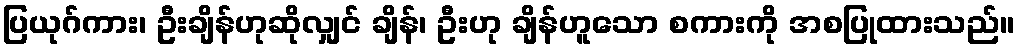
ပြယုဂ်ကား၊ ဦးချိန်ဟုဆိုလျှင် ချိန်၊ ဦးဟု ချိန်ဟူသော စကားကို အစပြုထားသည်။